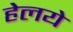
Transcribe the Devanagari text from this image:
हेलये